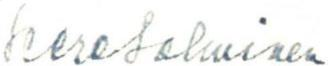
Seere Salminen